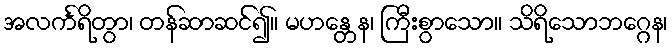
အလင်္ကရိတွာ၊ တန်ဆာဆင်၍။ မဟန္တေန၊ ကြီးစွာသော။ သိရိသောဘဂ္ဂေန၊